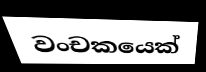
වංචකයෙක්